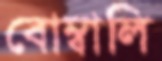
বোম্বালি